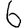
Digit: 6